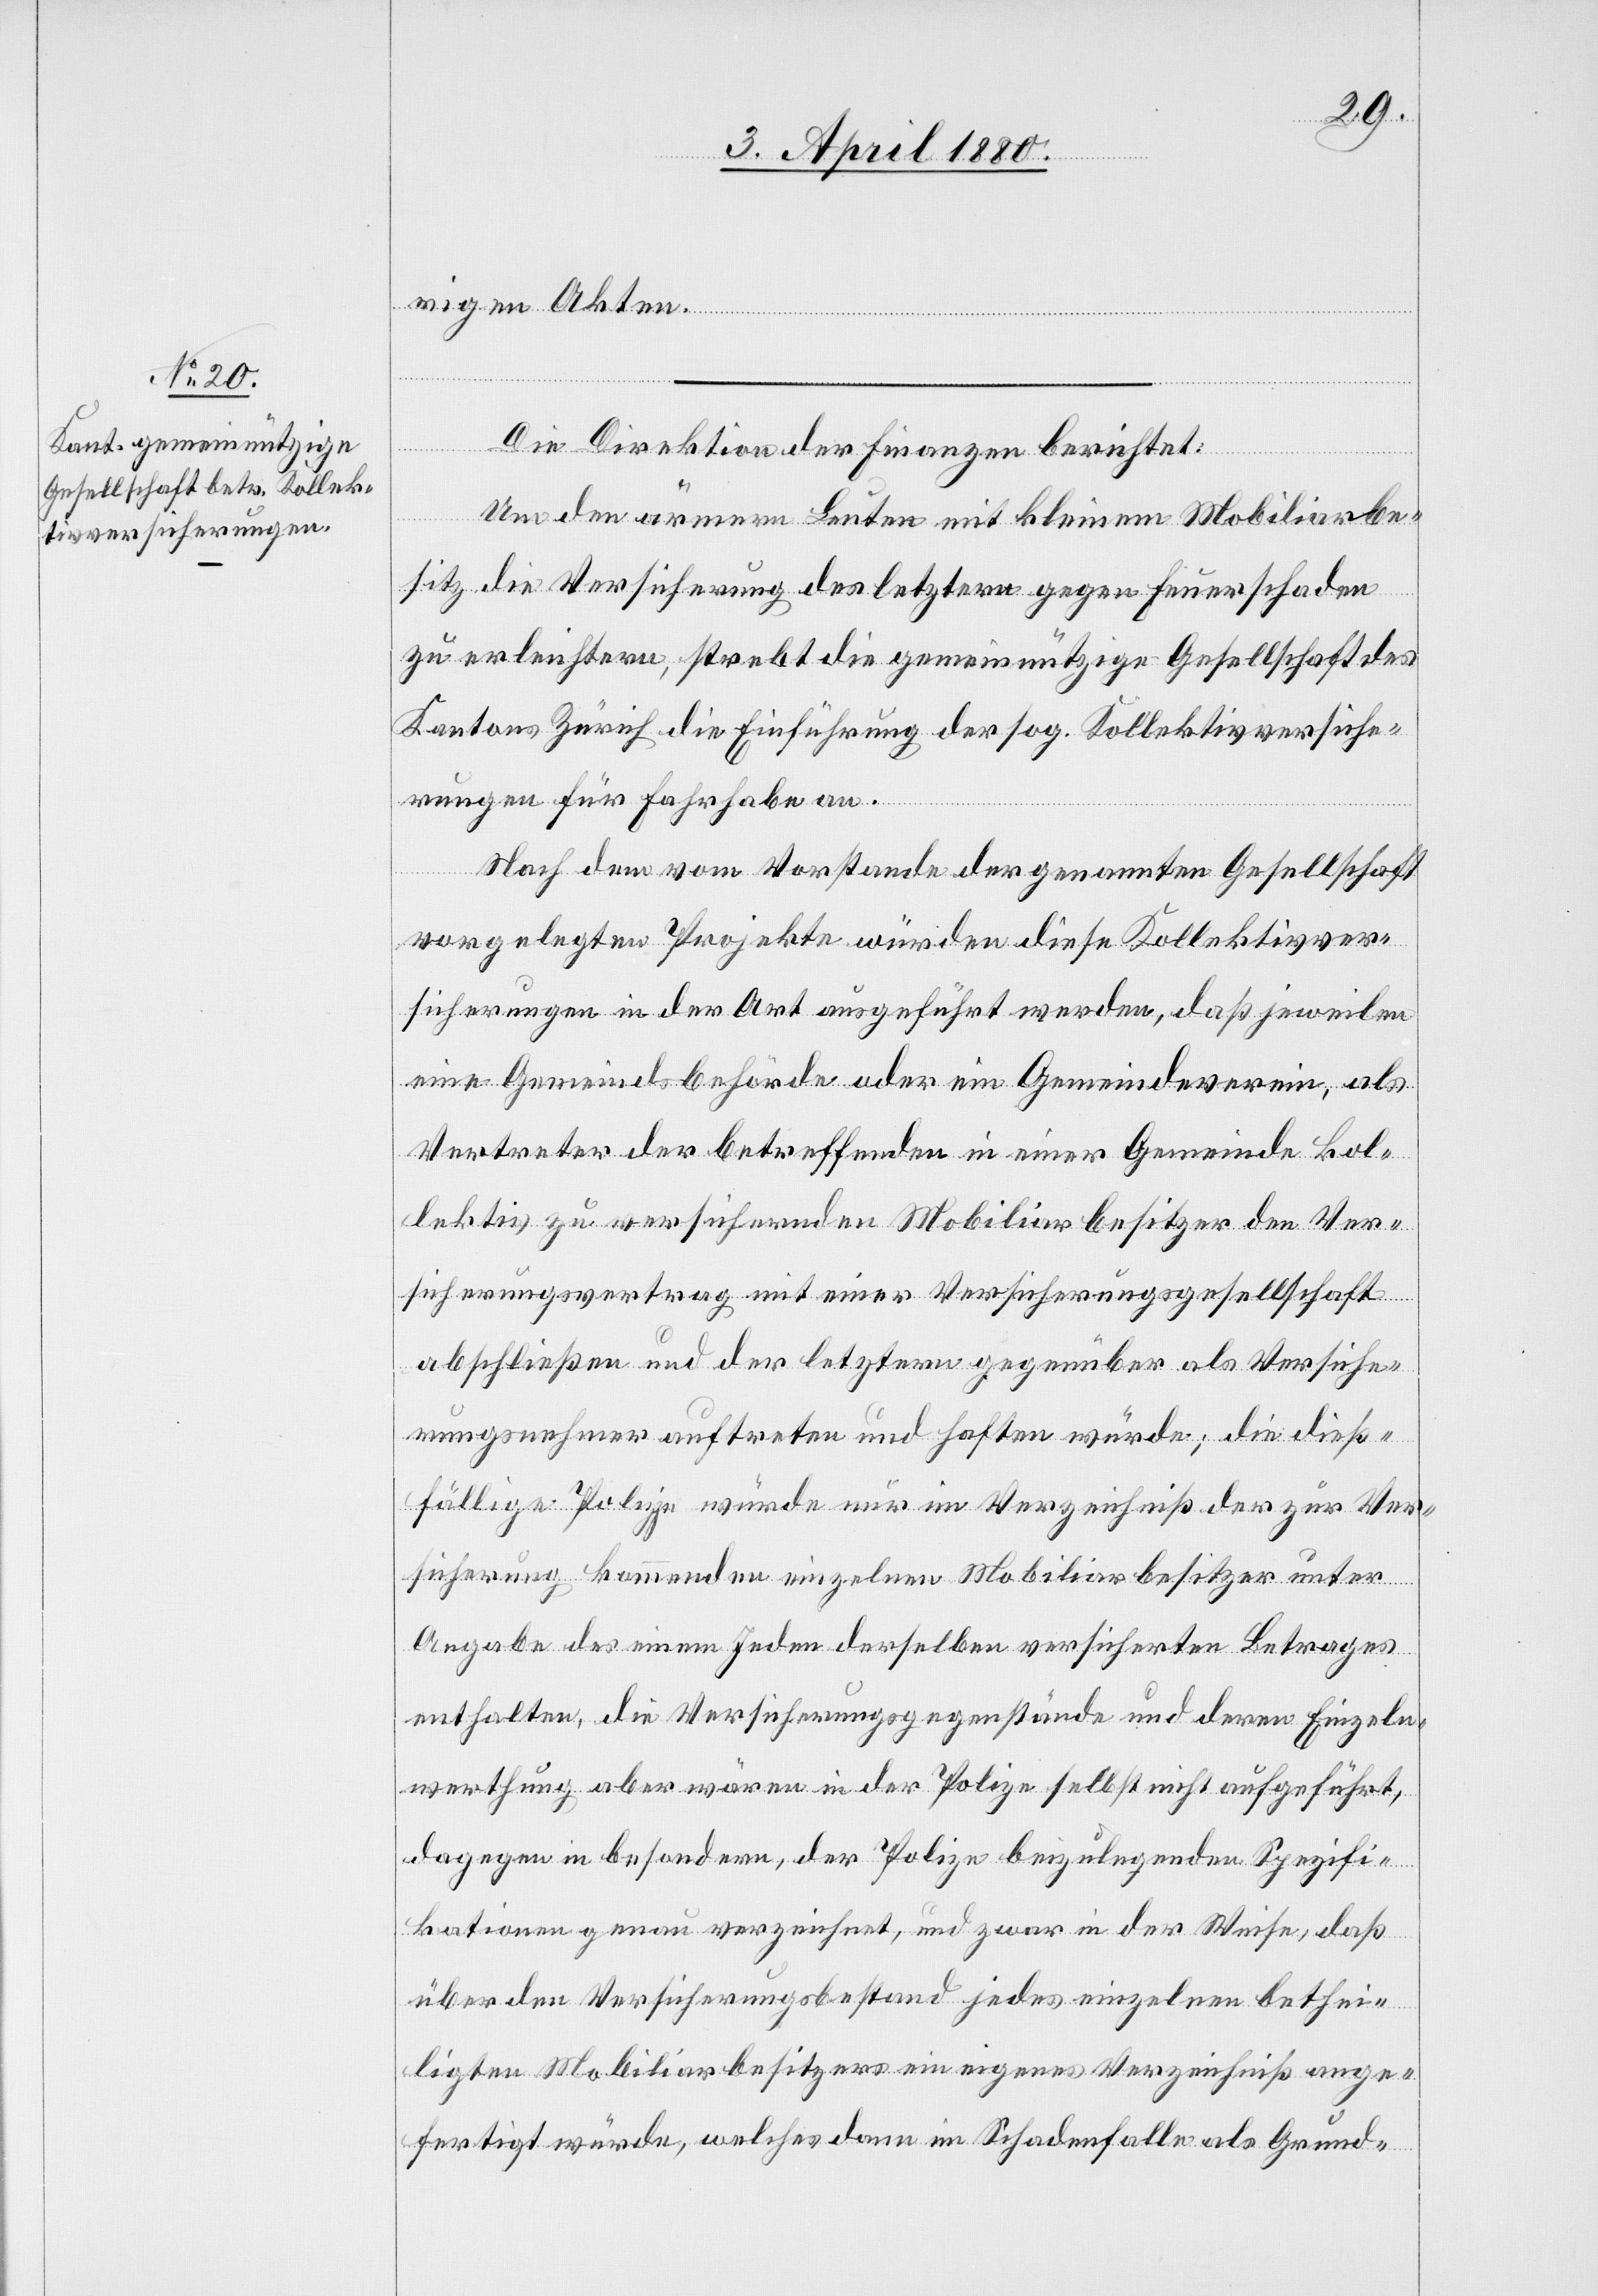
rigen Akten.
Die Direktion der Finanzen berichtet:
Um den ärmern Leuten mit kleinem Mobiliarbe¬
sitz die Versicherung des letztern gegen Feuerschaden
zu erleichtern, strebt die gemeinnützige Gesellschaft des
Kantons Zürich die Einführung der sog. Kollektivversiche¬
rungen für Fahrhabe an.
Nach dem vom Vorstande der genannten Gesellschaft
vorgelegten Projekte würden diese Kollektivver¬
sicherungen in der Art ausgeführt werden, daß jeweilen
eine Gemeindsbehörde oder ein Gemeindeverein, als
Vertreter der betreffenden in einer Gemeinde kol¬
lektiv zu versichernden Mobiliarbesitzer den Ver¬
sicherungsvertrag mit einer Versicherungsgesellschaft
abschließen und der letztern gegenüber als Versiche¬
rungsnehmer auftreten und haften würde; die dieß¬
fällige Polize würde nur im Verzeichniß der zur Ver¬
sicherung kommenden einzelnen Mobiliarbesitzer unter
Angabe des einem Jedem derselben versicherten Betrages
enthalten, die Versicherungsgegenstände und deren Einzeln¬
werthung aber wären in der Polize selbst nicht aufgeführt,
dagegen in besondern, der Polize beizulegenden Spezifi¬
kationen genau verzeichnet, und zwar in der Weise, daß
über den Versicherungsbestand jedes einzelnen bethei¬
ligten Mobiliarbesitzers ein eigenes Verzeichniß ange¬
fertigt würde, welches dann im Schadenfalle als Grund-